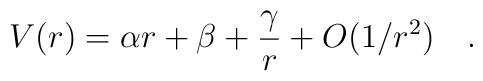
V(r)  =  \alpha r + \beta +{{\gamma}\over{r}} + O(1/r^{2}) \quad .